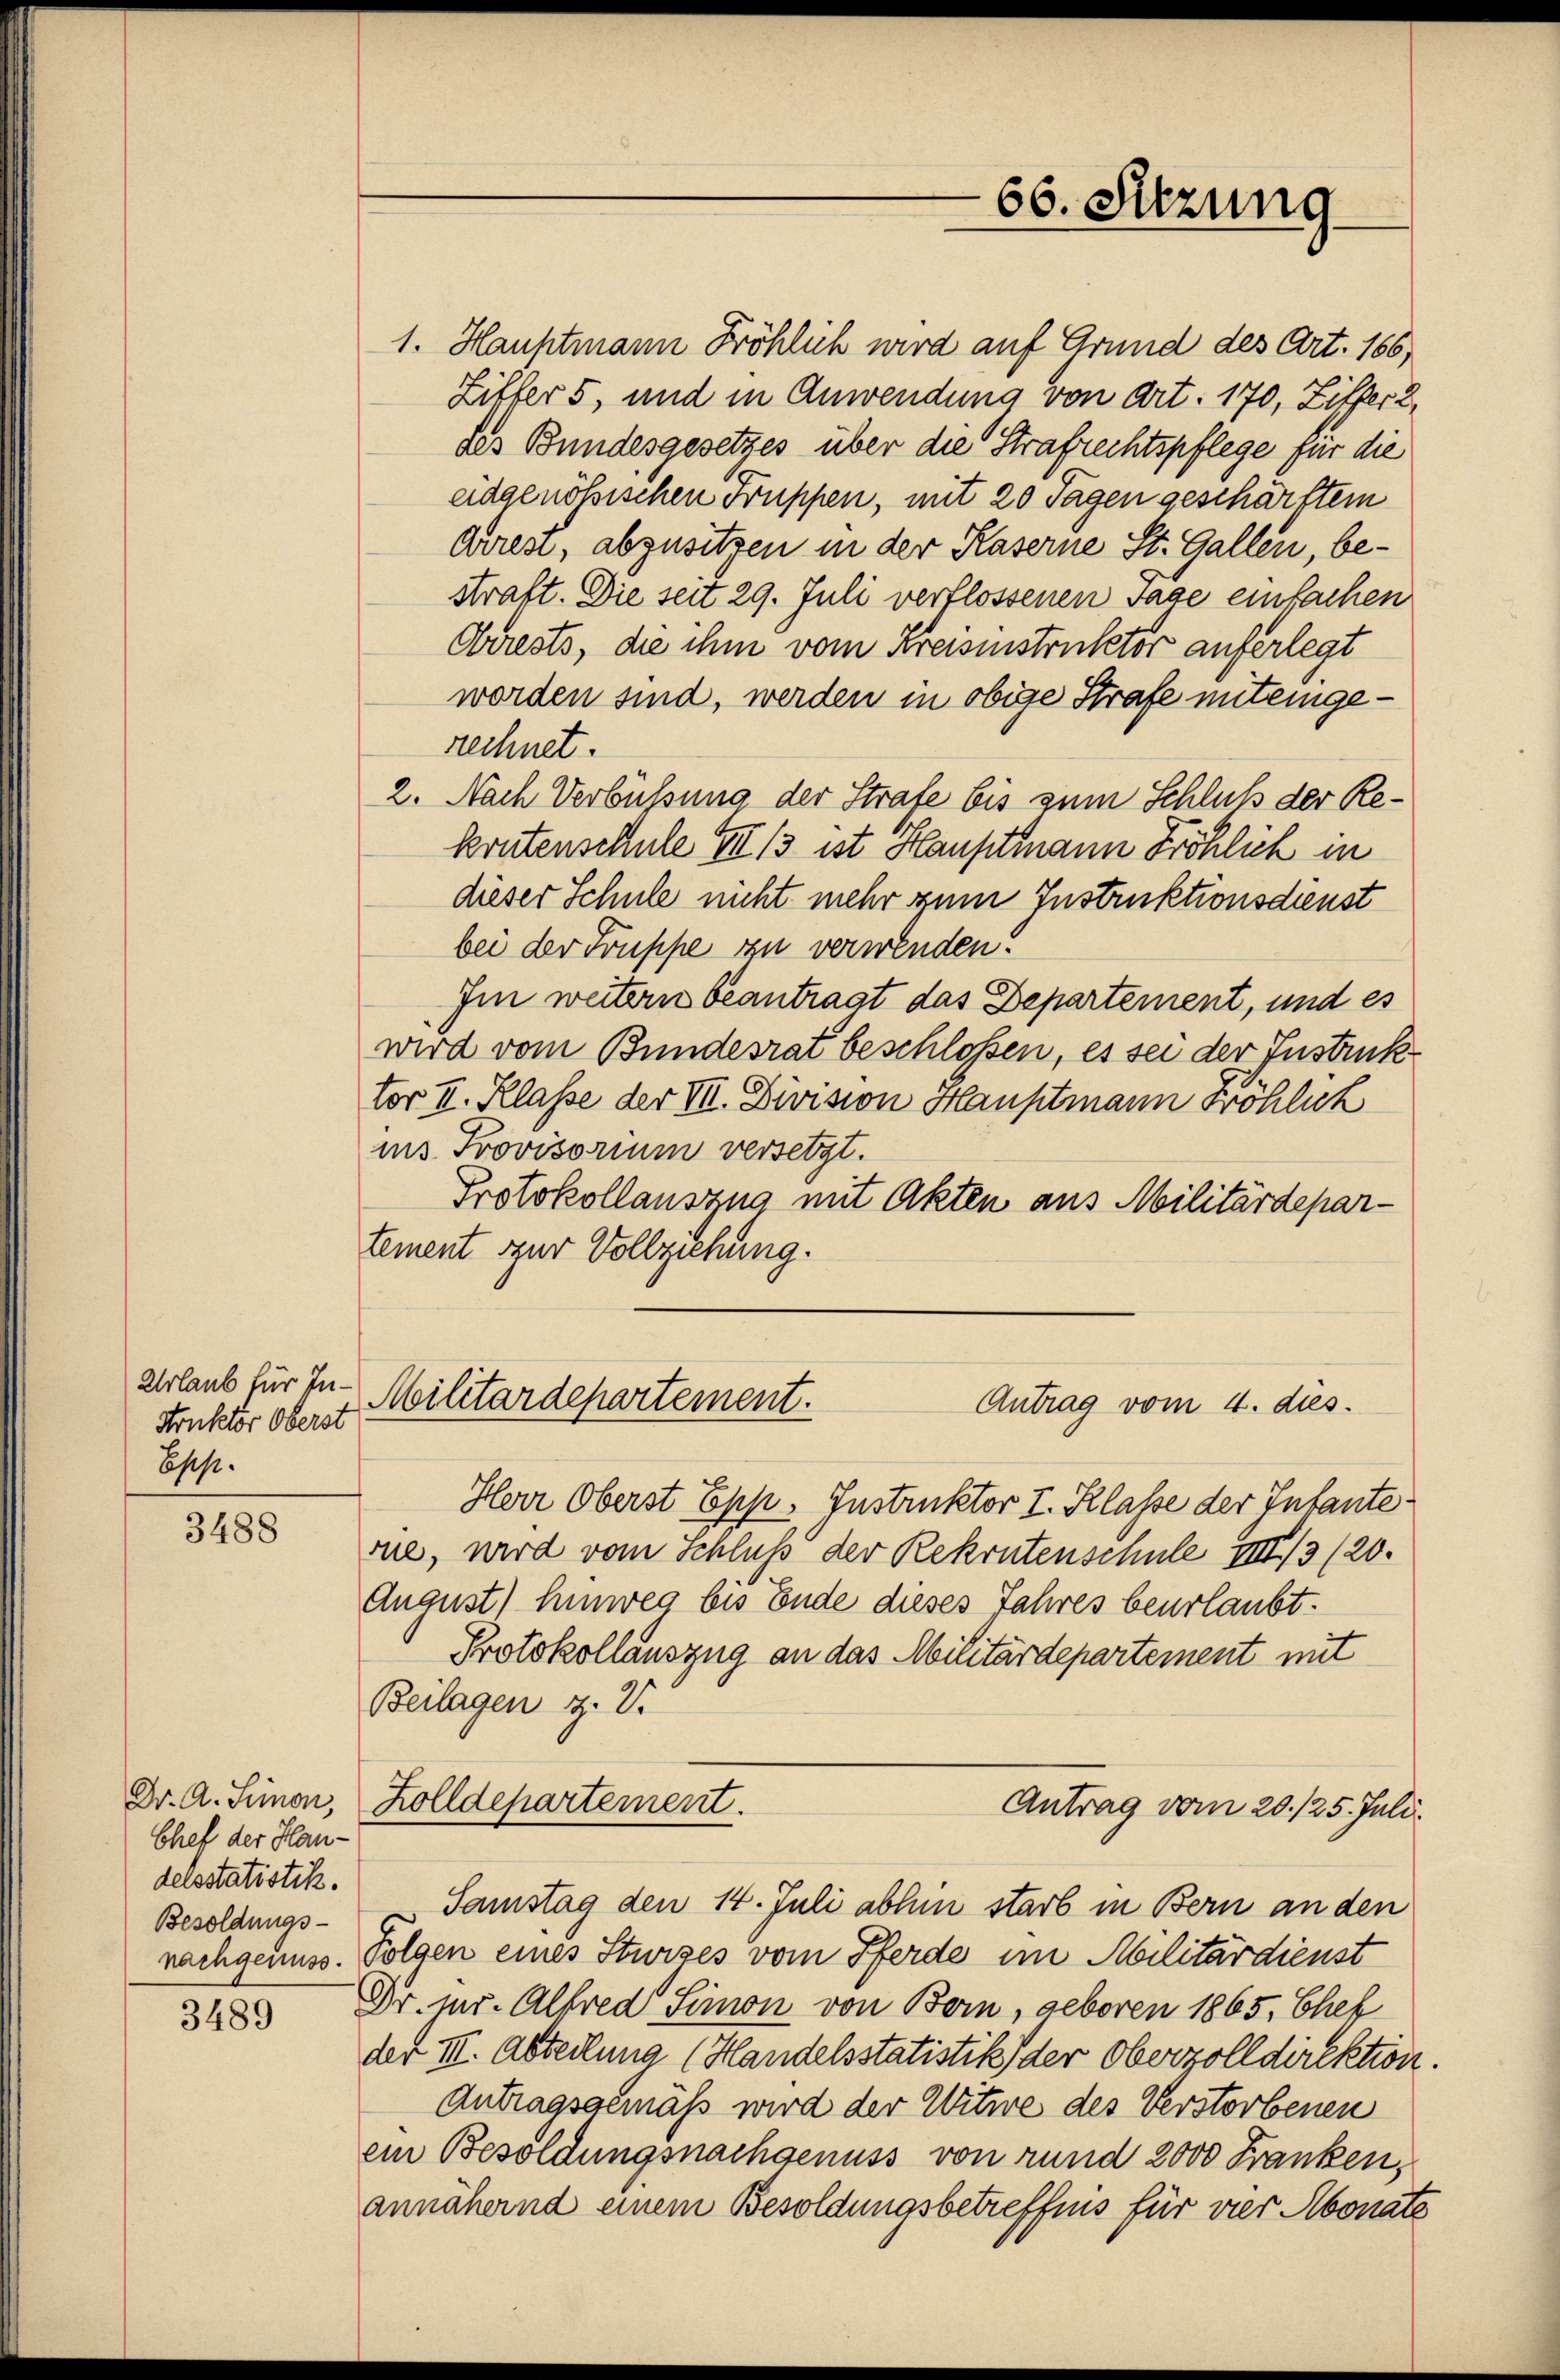
Urlaub für In¬
Struktor Oberst
bses.

3488

Dr. A. Simon,
Chef der Handelsstatistik.
Besoldungs-
nachgenuss.

3489

1. Hauptmann Fröhlich wird auf Grund des Art. 166,
Ziffer 5, und in Anwendung von Art. 170, Ziffer 2,
des Bundesgesetzes über die Strafrechtspflege für die
eidgenössischen Gruppen, mit 20 Tagen geschärftem
driest, abzusitzen in der Kaserne St. Gallen, bestraft. Die seit 29. Juli verflossenen Tage einfachen
Arrests, die ihm vom Kreisinstruktor auferlegt
worden sind, werden in obige Strafe miteingerechnet.
2. Nach Verbüssung der Strafe bis zum Schluß der Rekrutenschule III 13 ist Hauptmann Fröhlich in
dieser Schule nicht mehr zum Instruktionsdienst
bei der Truppe zu verwenden.
Im weitern beantragt das Departement, und es
wird vom Bundesrat beschlossen, es sei der Instruk
tor II. Klasse der VII. Division Hauptmann Fröhlich
ins Provisorium versetzt.
Protokollauszug mit Akten aus Militärdepar-
tement zur Vollziehung.

Militärdepartement.
Antrag vom 4. dies

Herr Oberst Epp. Instruktor I. Klasse der Infante
rue, wird vom Schluß der Rekrutenschule IIII/3 (20.
August) hinweg bis Ende dieses Jahres beurlaubt.
Protokollauszug an das Militärdepartement mit
Beilagen z. V.
Samstag den 14. Juli abhin starb in Bern an den
Folgen eines Sturzes vom Pferde im Militärdienst
Dr. pr. Alfred Simon von Bern, geboren 1865, Chef
der III. Abteilung (Handelsstatistik der Oberzolldirektion.
Antragsgemäss wird der Witwe des Verstorbenen
ein Besoldungsnachgenuss von rund 2000 Franken,
annähernd einem Besoldungsbetreffnis für vier Abonate

Zolldepartement.

Antrag vom 20./25. Juli.

66. Sitzung